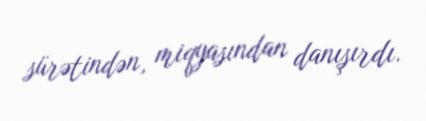
sürətindən, miqyasından danışırdı.